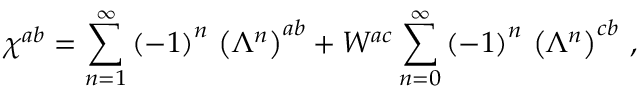
\chi ^ { a b } = \sum _ { n = 1 } ^ { \infty } \left( - 1 \right) ^ { n } \, \left( \Lambda ^ { n } \right) ^ { a b } + W ^ { a c } \sum _ { n = 0 } ^ { \infty } \left( - 1 \right) ^ { n } \, \left( \Lambda ^ { n } \right) ^ { c b } \, ,